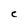
Character: C